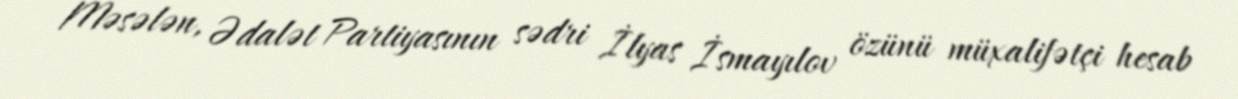
Məsələn, Ədalət Partiyasının sədri İlyas İsmayılov özünü müxalifətçi hesab